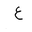
Letter: _ayn